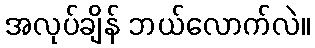
အလုပ်ချိန် ဘယ်လောက်လဲ။